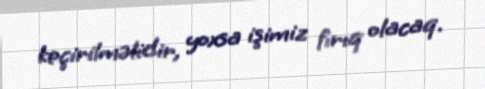
keçirilməlidir, yoxsa işimiz fırıq olacaq.